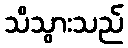
သိသွားသည်